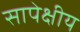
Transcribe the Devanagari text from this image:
सापेक्षीय